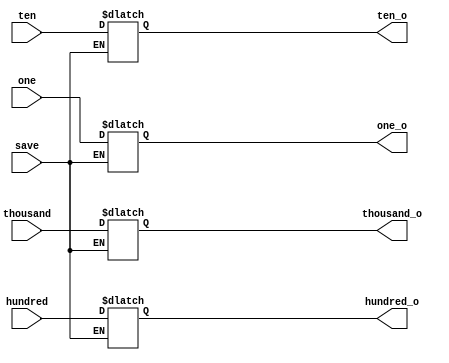
module save_16(
input [3:0] thousand,
input [3:0] hundred,
input [3:0] ten,
input [3:0] one,
input save,
output reg [3:0] thousand_o,
output reg [3:0] hundred_o,
output reg [3:0] ten_o,
output reg [3:0] one_o
    );
always @(*) begin
    if (~save) begin
        {thousand_o[3:0], hundred_o[3:0], ten_o[3:0], one_o[3:0]} <= {thousand[3:0], hundred[3:0], ten[3:0], one[3:0]};
    end
    else begin
        thousand_o <= thousand_o;
        hundred_o <= hundred_o;
        ten_o <= ten_o;
        one_o <= one_o;
    end
end

endmodule